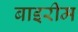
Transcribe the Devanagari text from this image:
बाइरीम